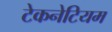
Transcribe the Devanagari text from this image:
टेकनेटियम